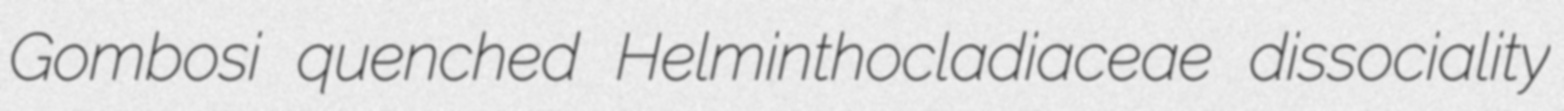
Gombosi quenched Helminthocladiaceae dissociality